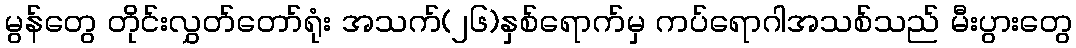
မွန်တွေ တိုင်းလွှတ်တော်ရုံး အသက်(၂၆)နှစ်ရောက်မှ ကပ်ရောဂါအသစ်သည် မီးပွားတွေ